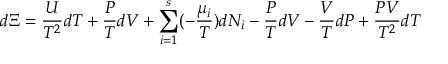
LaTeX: d \Xi = { \frac { U } { T ^ { 2 } } } d T + { \frac { P } { T } } d V + \sum _ { i = 1 } ^ { s } ( - { \frac { \mu _ { i } } { T } } ) d N _ { i } - { \frac { P } { T } } d V - { \frac { V } { T } } d P + { \frac { P V } { T ^ { 2 } } } d T